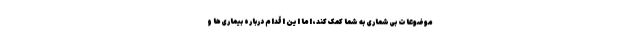
موضوعات بی‌شماری به شما کمک کند، اما این اقدام درباره بیماری‌ها و